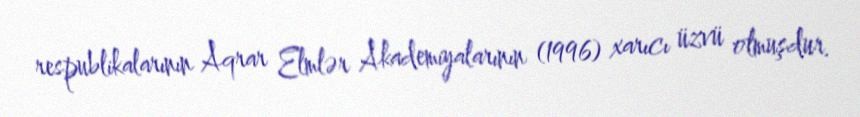
respublikalarının Aqrar Elmlər Akademiyalarının (1996) xarıcı üzvü olmuşdur.